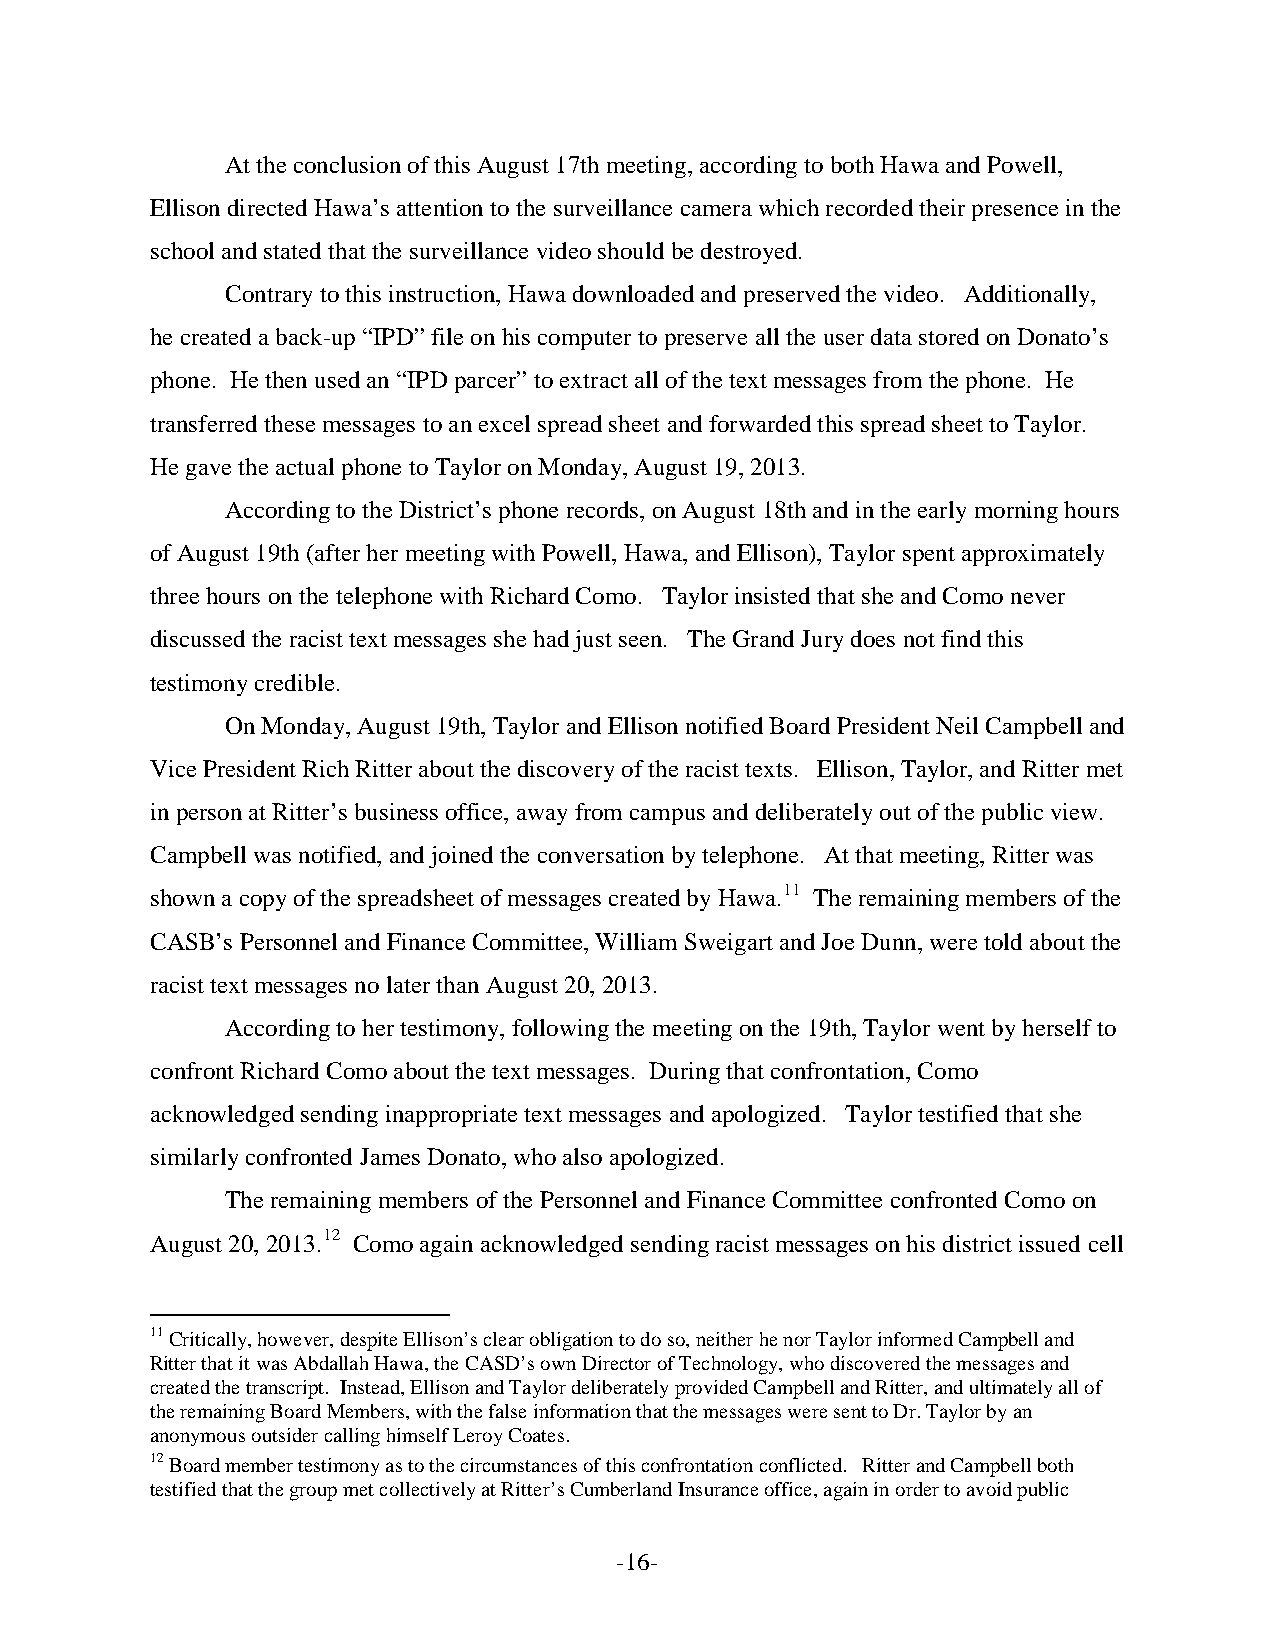
At the conclusion of this August 17th meeting, according to both Hawa and Powell,
 Ellison directed Hawa’s attention to the surveillance camera which recorded their presence in the
 school and stated that the surveillance video should be destroyed.
 Contrary to this instruction, Hawa downloaded and preserved the video. Additionally,
 he created a back-up “IPD” file on his computer to preserve all the user data stored on Donato’s
 phone. He then used an “IPD parcer” to extract all of the text messages from the phone. He
 transferred these messages to an excel spread sheet and forwarded this spread sheet to Taylor.
 He gave the actual phone to Taylor on Monday, August 19, 2013.
 According to the District’s phone records, on August 18th and in the early morning hours
 of August 19th (after her meeting with Powell, Hawa, and Ellison), Taylor spent approximately
 three hours on the telephone with Richard Como. Taylor insisted that she and Como never
 discussed the racist text messages she had just seen. The Grand Jury does not find this
 testimony credible.
 On Monday, August 19th, Taylor and Ellison notified Board President Neil Campbell and
 Vice President Rich Ritter about the discovery of the racist texts. Ellison, Taylor, and Ritter met
 in person at Ritter’s business office, away from campus and deliberately out of the public view.
 Campbell was notified, and joined the conversation by telephone. At that meeting, Ritter was
 shown a copy of the spreadsheet of messages created by Hawa.11 The remaining members of the
 CASB’s Personnel and Finance Committee, William Sweigart and Joe Dunn, were told about the
 racist text messages no later than August 20, 2013.
 According to her testimony, following the meeting on the 19th, Taylor went by herself to
 confront Richard Como about the text messages. During that confrontation, Como
 acknowledged sending inappropriate text messages and apologized. Taylor testified that she
 similarly confronted James Donato, who also apologized.
 The remaining members of the Personnel and Finance Committee confronted Como on
 August 20, 2013.12 Como again acknowledged sending racist messages on his district issued cell
 11 Critically, however, despite Ellison’s clear obligation to do so, neither he nor Taylor informed Campbell and
 Ritter that it was Abdallah Hawa, the CASD’s own Director of Technology, who discovered the messages and
 created the transcript. Instead, Ellison and Taylor deliberately provided Campbell and Ritter, and ultimately all of
 the remaining Board Members, with the false information that the messages were sent to Dr. Taylor by an
 anonymous outsider calling himself Leroy Coates.
 12 Board member testimony as to the circumstances of this confrontation conflicted. Ritter and Campbell both
 testified that the group met collectively at Ritter’s Cumberland Insurance office, again in order to avoid public
 -16-